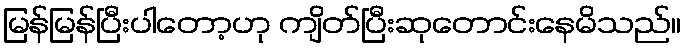
မြန်မြန်ပြီးပါတော့ဟု ကျိတ်ပြီးဆုတောင်းနေမိသည်။